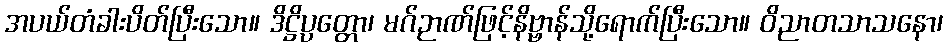
အပယ်တံခါးပိတ်ပြီးသော။ ဒိဋ္ဌိပ္ပတ္တော၊ မဂ်ဉာဏ်ဖြင့်နိဗ္ဗာန်သို့ရောက်ပြီးသော။ ဝိညာတသာသနော၊